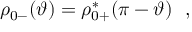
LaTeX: \rho _ { 0 - } ( \vartheta ) = \rho _ { 0 + } ^ { * } ( \pi - \vartheta ) \ \ ,